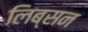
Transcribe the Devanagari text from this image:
लिब्सन